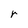
Character: r